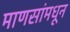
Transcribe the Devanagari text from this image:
माणसांमधून